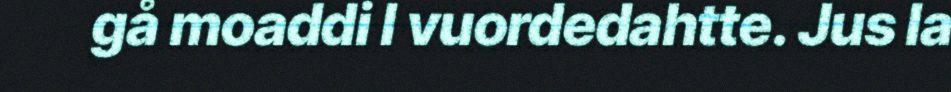
gå moaddi l vuordedahtte. Jus la